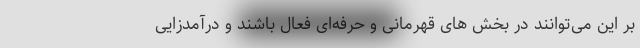
بر این می‌توانند در بخش های قهرمانی و حرفه‌ای فعال باشند و درآمدزایی